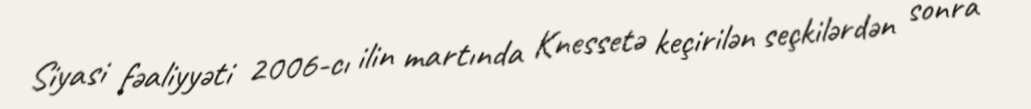
Siyasi fəaliyyəti 2006-cı ilin martında Knessetə keçirilən seçkilərdən sonra